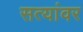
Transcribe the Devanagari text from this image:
सत्यांवर